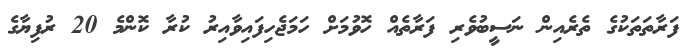
ފަރާތަތަކުގެ ތެރެއިން ނަސީބުވެރި ފަރާތެއް ހޮވުމަށް ހަމަޖެހިފައިވާއިރު ކުރާ ކޮންމެ 20 ރުފިޔާގެ